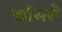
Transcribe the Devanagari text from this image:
खोंसरी